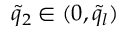
\tilde { q } _ { 2 } \in ( 0 , \tilde { q } _ { l } )